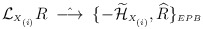
\begin{align*}{\cal L}_{\scriptscriptstyle X_{(i)}}R \;\; \hat{\longrightarrow} \;\; \{-\widetilde{\cal H}_{\scriptscriptstyle X_{(i)}}, \widehat{R}\}_{\scriptscriptstyle EPB}\end{align*}